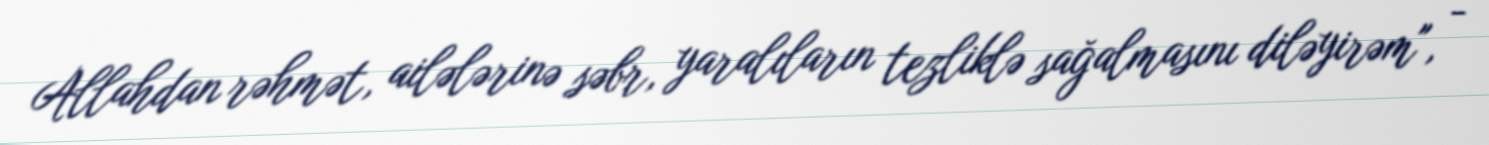
Allahdan rəhmət, ailələrinə səbr, yaralıların tezliklə sağalmasını diləyirəm", -